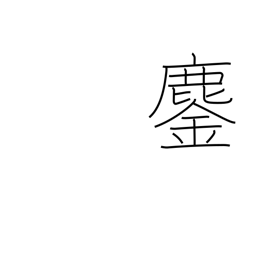
Meaning: annihilation